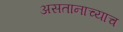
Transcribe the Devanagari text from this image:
असतानाच्याच